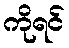
ကိုရင်